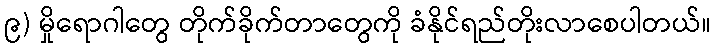
၉) မှိုရောဂါတွေ တိုက်ခိုက်တာတွေကို ခံနိုင်ရည်တိုးလာစေပါတယ်။